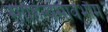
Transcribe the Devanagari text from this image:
साहित्यसार्वभौम